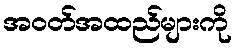
အဝတ်အထည်များကို